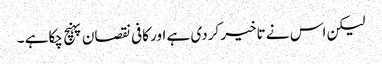
لیکن اس نے تاخیر کردی ہے اور کافی نقصان پہنچ چکاہے ۔